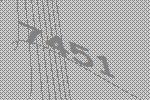
7451